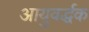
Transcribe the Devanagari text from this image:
आयुवर्द्धक